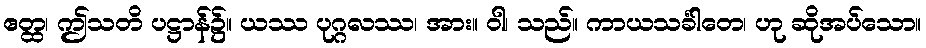
ဧတ္ထ၊ ဤသတိ ပဋ္ဌာန်၌။ ယဿ ပုဂ္ဂလဿ၊ အား။ ဝါ၊ သည်။ ကာယသင်္ခါတေ၊ ဟု ဆိုအပ်သော။